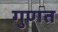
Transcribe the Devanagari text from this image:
गुणत